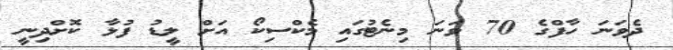
ދެވަނަ ހާފްގެ 70 ވަނަ މިނެޓުގައި މެކްސިކޯ އަށް ލީޑު ފުޅާ ކޮށްދިނީ